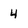
Character: 4